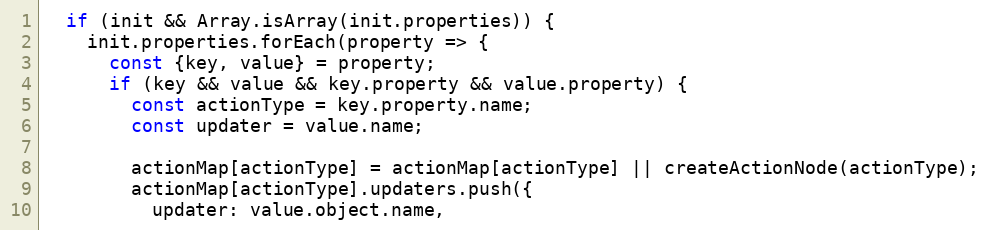
Language: JavaScript
  if (init && Array.isArray(init.properties)) {
    init.properties.forEach(property => {
      const {key, value} = property;
      if (key && value && key.property && value.property) {
        const actionType = key.property.name;
        const updater = value.name;

        actionMap[actionType] = actionMap[actionType] || createActionNode(actionType);
        actionMap[actionType].updaters.push({
          updater: value.object.name,